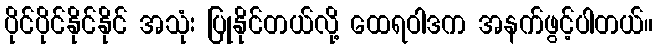
ပိုင်ပိုင်နိုင်နိုင် အသုံး ပြုနိုင်တယ်လို့ ထေရဝါဒက အနက်ဖွင့်ပါတယ်။